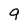
Character: 9